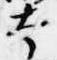
本